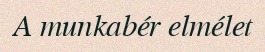
A munkabér elmélet